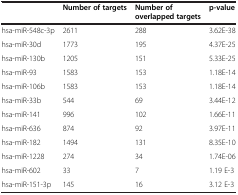
|  | Number of targets | Number of overlapped targets | p-value |
 | --- | --- | --- | --- |
 | hsa-miR-548c-3p | 2611 | 288 | 3.62E-38 |
 | hsa-miR-30d | 1773 | 195 | 4.37E-25 |
 | hsa-miR-130b | 1205 | 151 | 5.33E-25 |
 | hsa-miR-93 | 1583 | 153 | 1.18E-14 |
 | hsa-miR-106b | 1583 | 153 | 1.18E-14 |
 | hsa-miR-33b | 544 | 69 | 3.44E-12 |
 | hsa-miR-141 | 996 | 102 | 1.66E-11 |
 | hsa-miR-636 | 874 | 92 | 3.97E-11 |
 | hsa-miR-182 | 1494 | 131 | 8.35E-10 |
 | hsa-miR-1228 | 274 | 34 | 1.74E-06 |
 | hsa-miR-602 | 33 | 7 | 1.19 E-3 |
 | hsa-miR-151-3p | 145 | 16 | 3.12 E-3 |